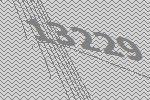
13229